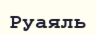
Руаяль